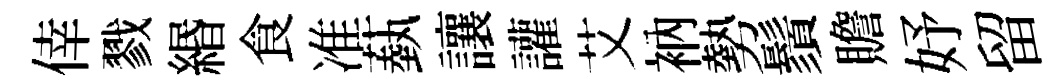
倖戮緡食准蓺讓讙艾衲勢鬚贍妤留